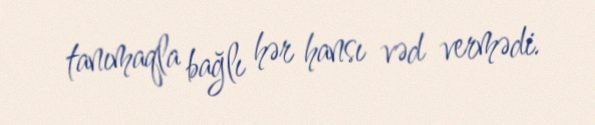
tanımaqla bağlı hər hansı vəd vermədi.